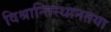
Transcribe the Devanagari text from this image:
विश्रान्तिस्थानतया